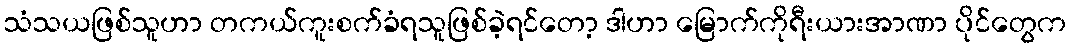
သံသယဖြစ်သူဟာ တကယ်ကူးစက်ခံရသူဖြစ်ခဲ့ရင်တော့ ဒါဟာ မြောက်ကိုရီးယားအာဏာ ပိုင်တွေက